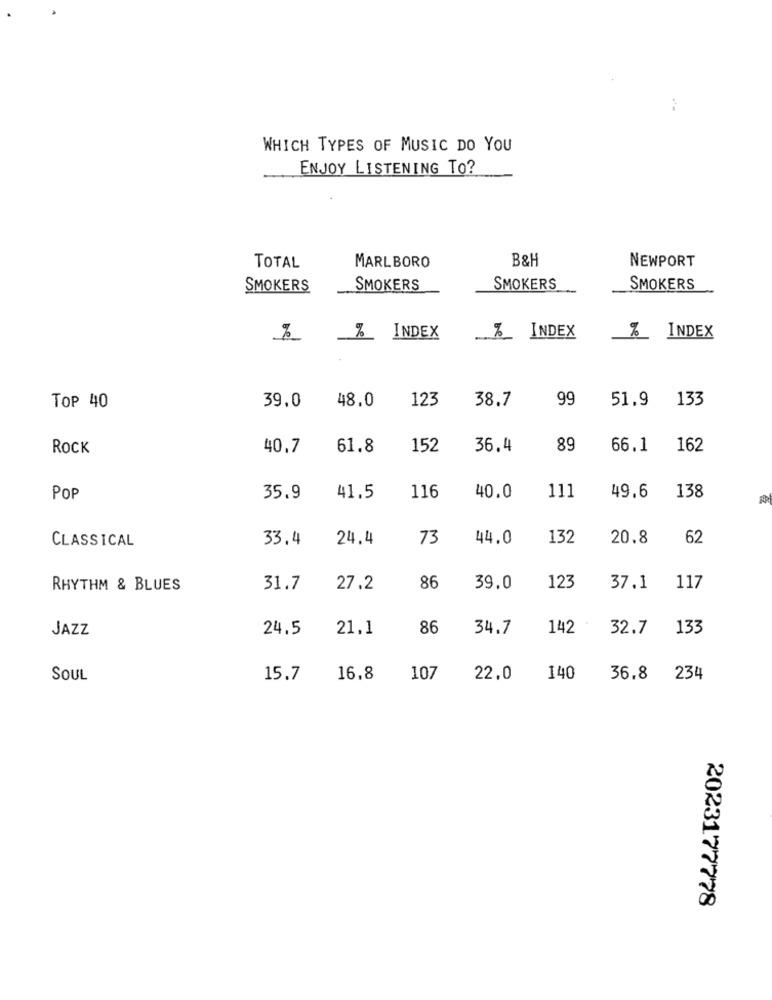
WHICH TYPES OF MUSIC DO YOU
ENJOY LISTENING TO?
B&H
TOTAL
MARLBORO
NEWPORT
SMOKERS
SMOKERS
SMOKERS
SMOKERS
Be
% INDEX
%_ INDEX
%_ INDEX
39.0
48.0
123
38.7
99
51.9 133
TOP 40
ROCK
40,7
61.8
152
36.4
89
66.1
162
111
138
POP
35.9
41.5
116
40.0
49.6
CLASSICAL
33.4
24.4
73
44.0
132
20.8
62
RHYTHM & BLUES
31.7
27.2
86
39.0
123
37.1
117
JAZZ
24.5
21,1
86
34.7
142
32.7
133
SOUL
15.7
16.8
107
22.0
140
36.8 234
2023177778